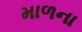
માળના